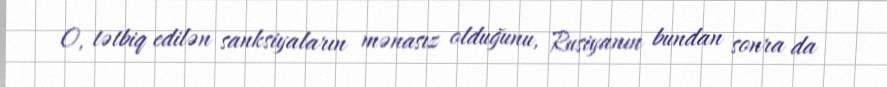
O, tətbiq edilən sanksiyaların mənasız olduğunu, Rusiyanın bundan sonra da